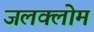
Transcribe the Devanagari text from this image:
जलक्लोम